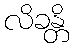
လိခန္တိ